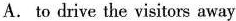
A. to drive the visitors away